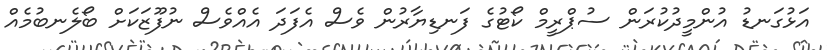
އަޅުގަނޑު އުންމީދުކުރަން ސުޕްރީމް ކޯޓުގެ ފަނޑިޔާރުން ވެސް އެފަދަ އެއްވެސް ނުފޫޒަކަށް ބޯލެނބުމެއް